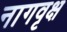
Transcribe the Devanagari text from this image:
नागवृक्ष